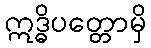
ဣဒ္ဓိပတ္တောမှိ